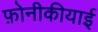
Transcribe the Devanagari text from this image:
फ़ोनीकीयाई